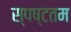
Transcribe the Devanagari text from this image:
स्पष्टतम